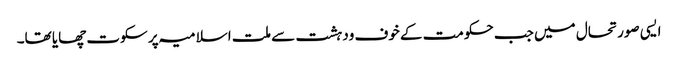
ایسی صورتحال میں جب حکومت کے خوف ودہشت سے ملت اسلامیہ پر سکوت چھایا تھا۔